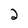
Character: 2